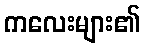
ကလေးများ၏